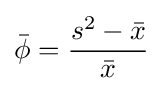
{\bar {\phi }}={\frac {s^{2}-{\bar {x}}}{\bar {x}}}